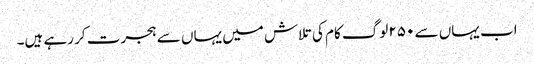
اب یہاں سے ۲۵۰ لوگ کام کی تلاش میں یہاں سے ہجرت کر رہے ہیں۔